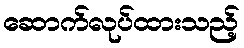
ဆောက်လုပ်ထားသည့်